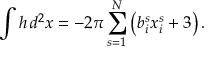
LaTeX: \int h \, d ^ { 2 } x = - 2 \pi \sum _ { s = 1 } ^ { N } \left( b _ { i } ^ { s } x _ { i } ^ { s } + 3 \right) .